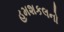
હમશકલનો